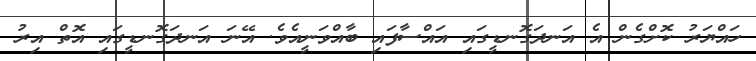
ހައްޔަރު ކޮށްގެން އެ އަނދަގޮނޑީގައި އައްސާފައި ބާއްވަނީއެވެ. އޭނަ އަނދަގޮނޑީގައި އޮތް އިރު